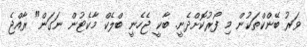
ވަރު ބޭންކްތަކުން މި ފޯރުކޮށްދެނީ. ބާކީ ޖެހެނީ ބްލެކް މާކެޓުން ނަގަން" ރާއްޖެ